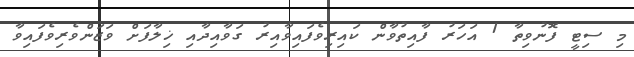
މި ސިޓީ ފޮނުވިތާ 1 އަހަރު ފާއިތުވާން ކައިރިވެފައިވާއިރު ގަވާއިދާއި ޚިލާފަށް ވަޒަންވެރިވެފައިވާ